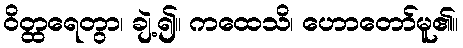
ဝိတ္ထရေတွာ၊ ချဲ့၍။ ကထေသိ၊ ဟောတော်မူ၏။